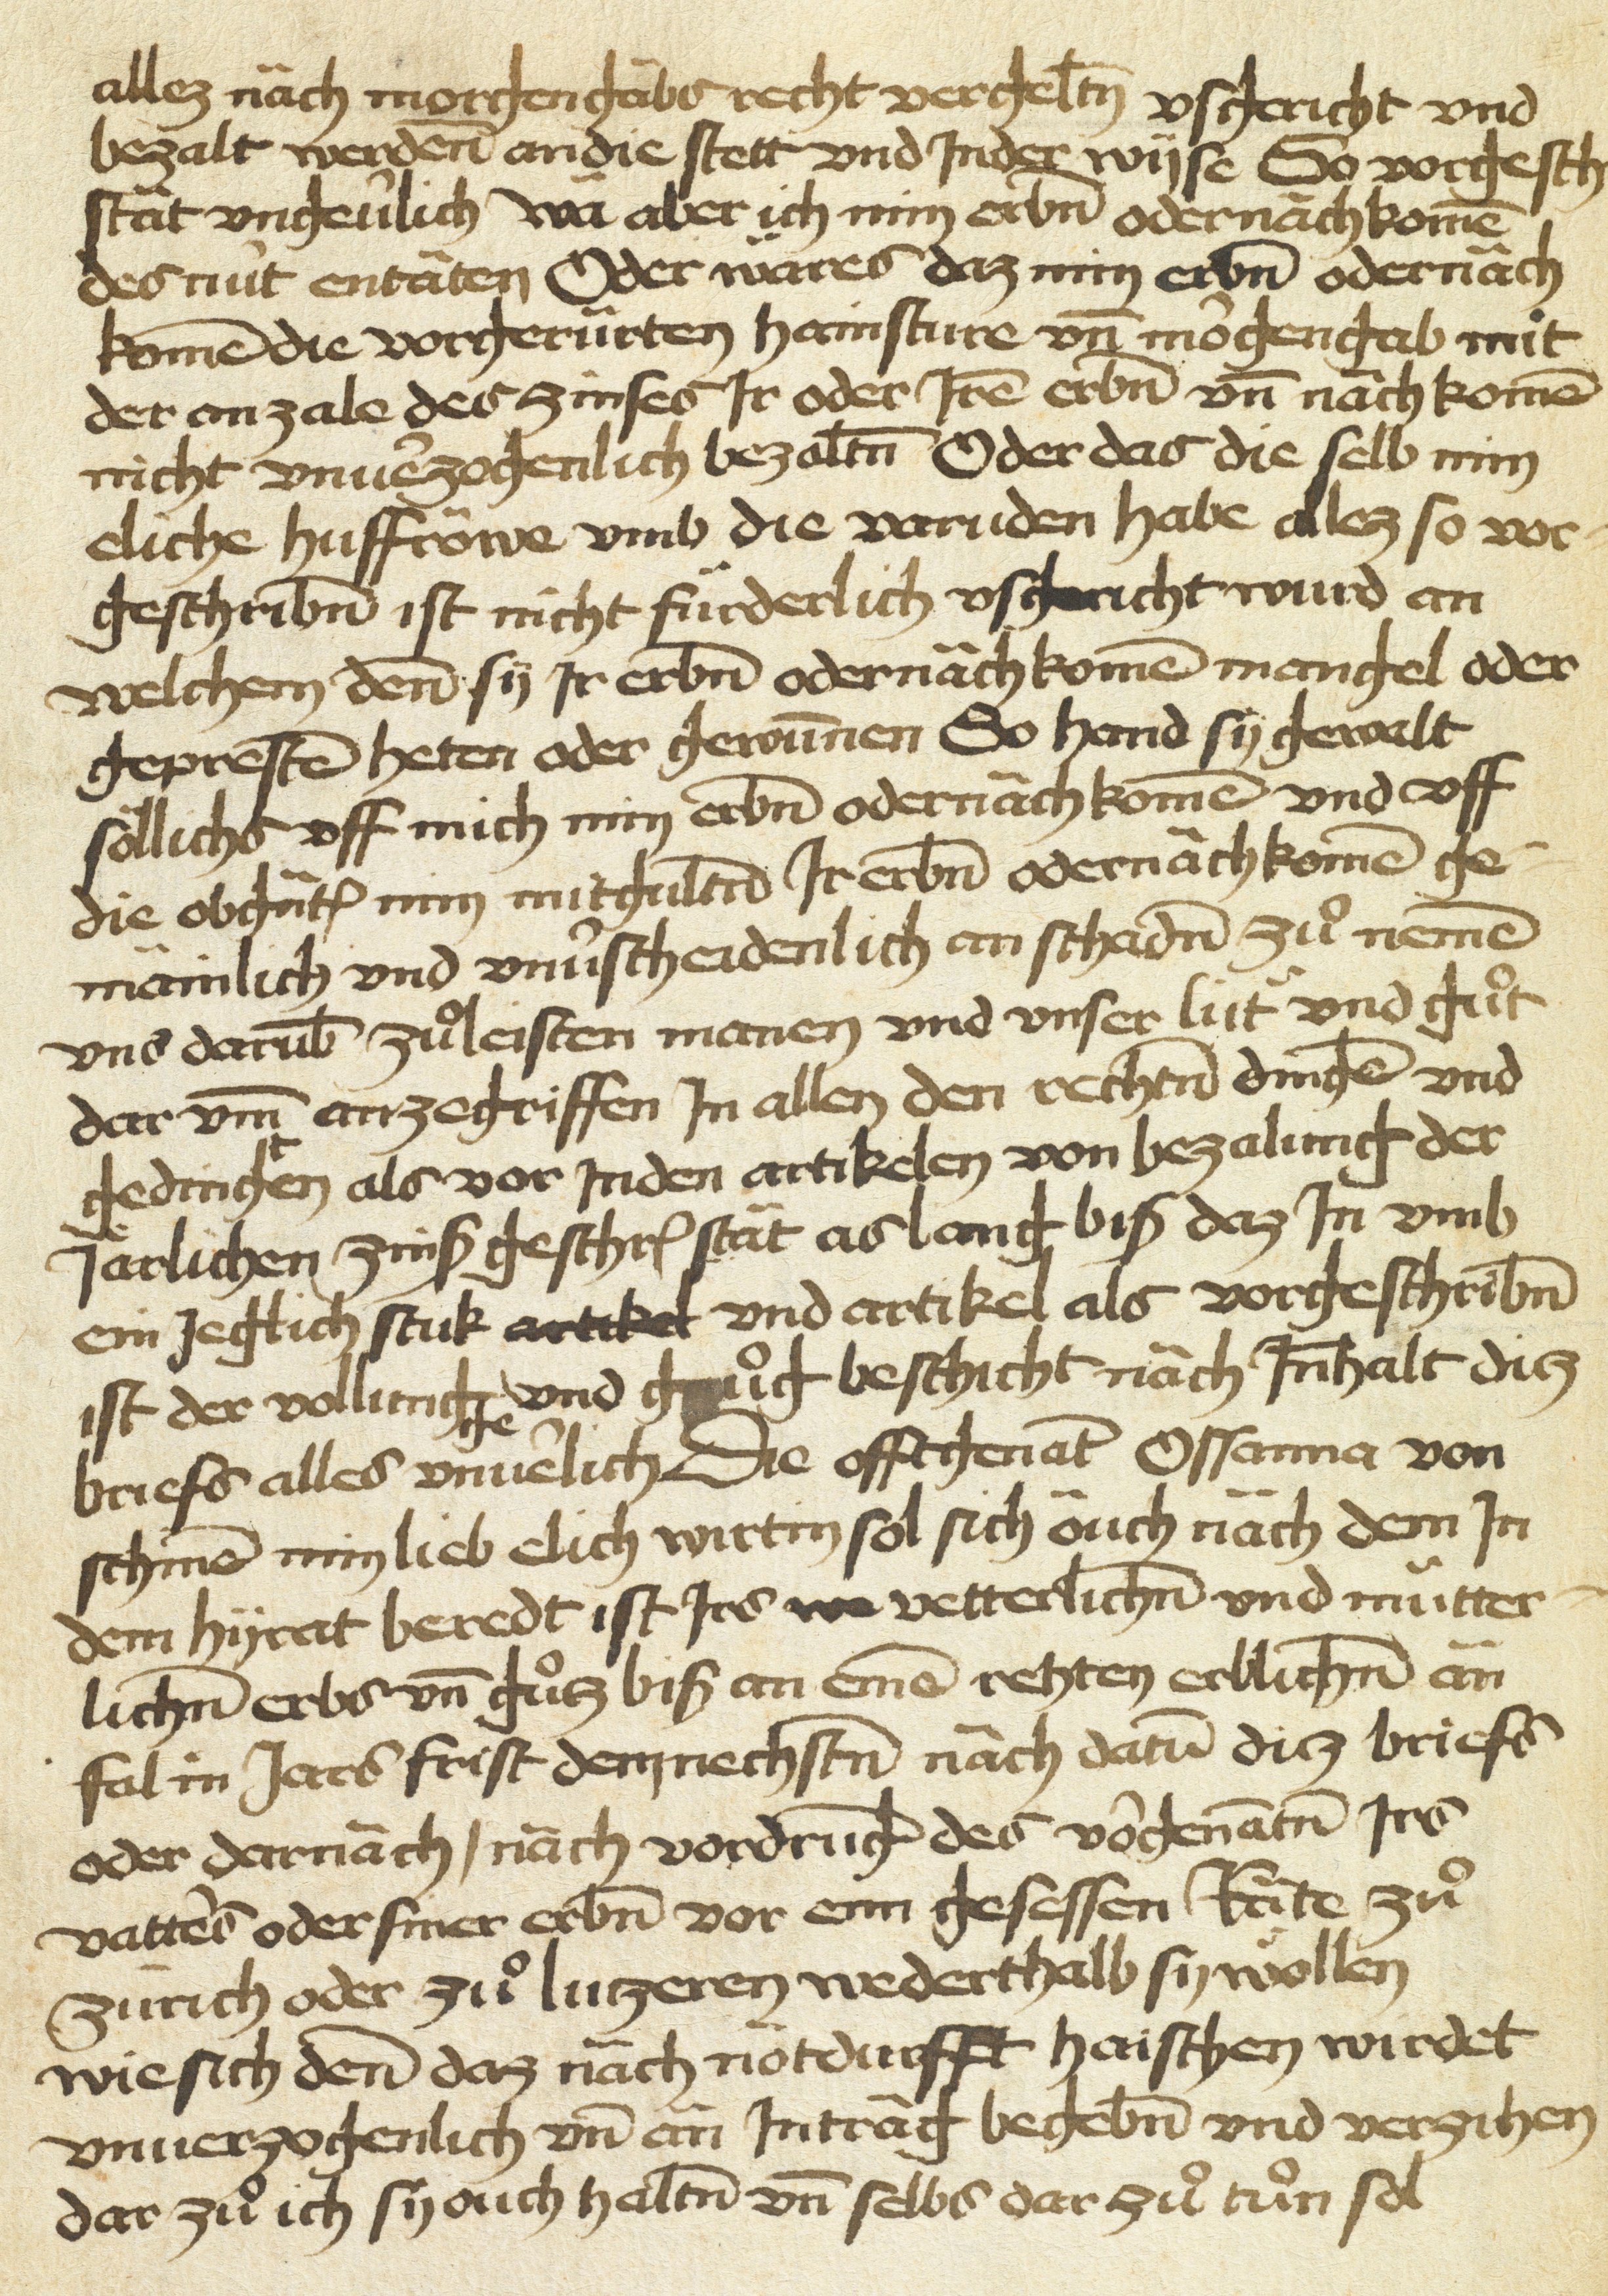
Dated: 1450–1499